Civil Veterinary Dept. Bombay admin report 1893-99 - 1893-1899
Year: 1893
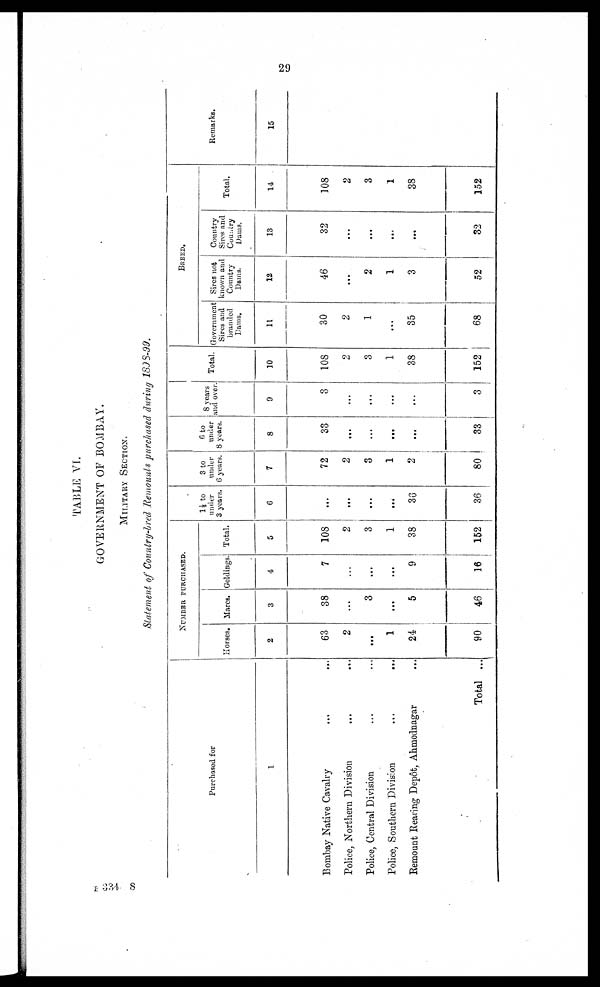
29
TABLE VI.
GOVERNMENT OF BOMBAY.
MILITARY SECTION.
Statement of Country-bred Remounts purchased during 1898-99.
Purchased for
1
Bombay Native Cavalry ... ...
Police, Northern Division ... ...
Police, Central Division ... ...
Police, Southern Division
...
...
Remount Rearing Depôt, Ahmednagar ...
Total ...
NUMBER PURCHASED.
Horses.
2
63
2
...
1
24
90
Mares.
3
38
...
3
...
5
46
Goldings.
4
7
...
...
...
9
16
Total.
5
108
2
3
1
38
152
1½ to
under
3 years.
6
...
...
...
...
36
36
3 to
under
6 years.
7
72
2
3
1
2
80
6 to
under
8 years.
8
33
..
...
...
...
33
8 years
and over.
9
3
...
...
...
...
3
Total.
10
108
2
3
1
38
152
BREED.
Government
Sires and
branded
Dams.
11
30
2
1
...
35
68
Sires not
known and
Country
Dams.
12
46
...
2
1
3
52
Country
Sires and
Country
Dams.
13
32
...
...
...
...
32
Total.
14
108
2
3
1
38
152
Remarks.
15
B 334 8